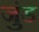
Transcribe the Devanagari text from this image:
जुंड